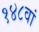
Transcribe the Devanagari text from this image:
१४८वां